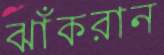
ঝাঁকরান